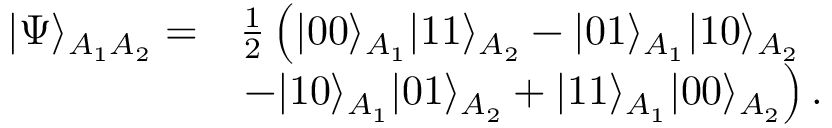
\begin{array} { r l } { \vert \Psi \rangle _ { A _ { 1 } A _ { 2 } } = } & { \frac { 1 } { 2 } \left( \vert 0 0 \rangle _ { A _ { 1 } } \vert 1 1 \rangle _ { A _ { 2 } } - \vert 0 1 \rangle _ { A _ { 1 } } \vert 1 0 \rangle _ { A _ { 2 } } \right. } \\ & { \left. - \vert 1 0 \rangle _ { A _ { 1 } } \vert 0 1 \rangle _ { A _ { 2 } } + \vert 1 1 \rangle _ { A _ { 1 } } \vert 0 0 \rangle _ { A _ { 2 } } \right) . } \end{array}